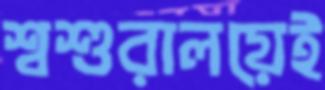
শ্বশুরালয়েই